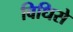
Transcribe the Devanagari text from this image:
विधिसे